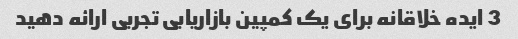
3 ایده خلاقانه برای یک کمپین بازاریابی تجربی ارائه دهید